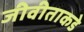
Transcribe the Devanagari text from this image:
जीवीताकडे